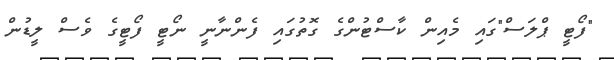
"ފޯޓީ ޕްލަސް"ގައި މެއިން ކާސްޓުންގެ ގޮތުގައި ފެންނާނީ ނޯޓީ ފޯޓީގެ ވެސް ލީޑުން